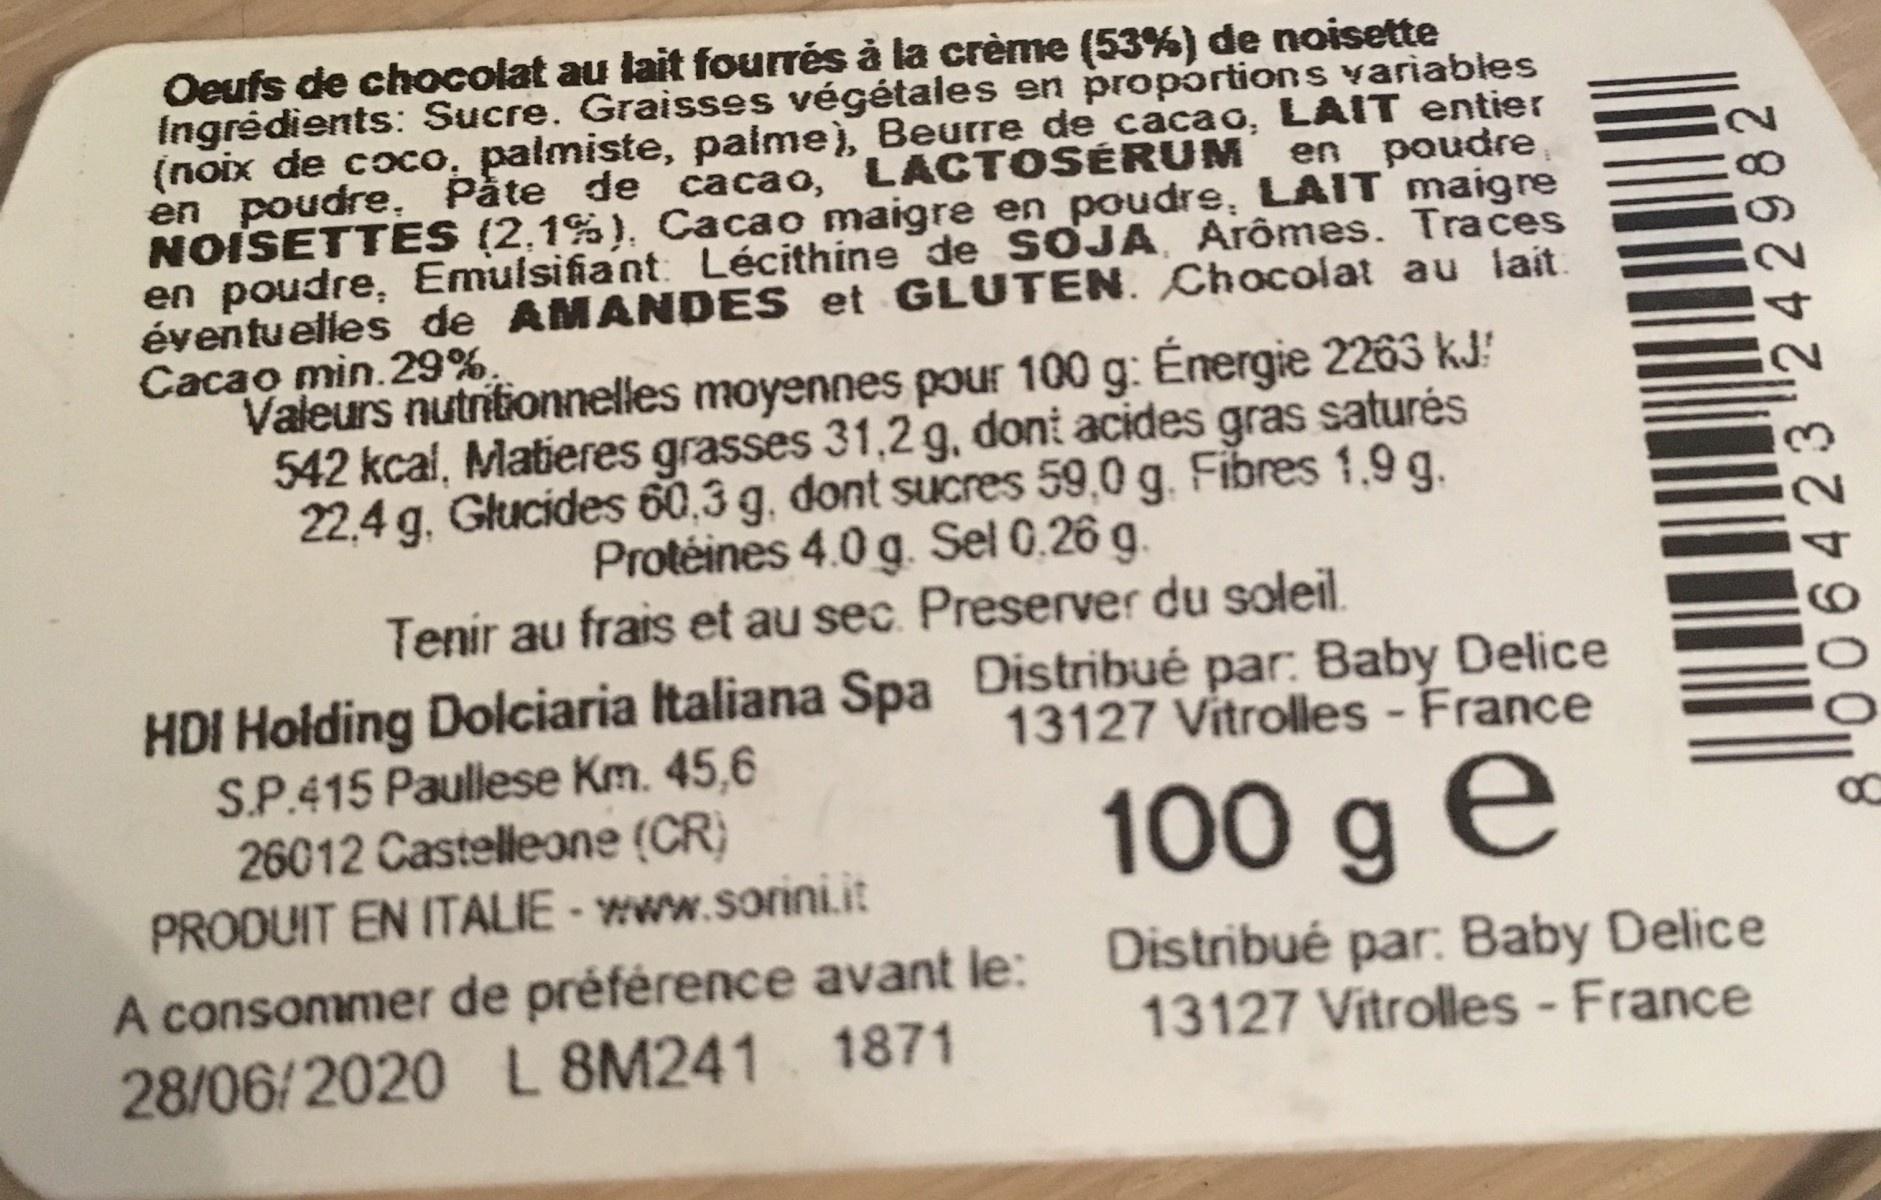
Oeufs de chocolat au lait fourrés à la crème (53%) de noisette Ingrédients: Sucre. Graisses végétales en proportions variables (noix de coco, palmiste, palme), Beurre de cacao, LAIT entier en poudre, Pàte de cacao, LACTOSÉRUM en poudre, NOISETTES (2,1%), Cacao maigre en poudre, LAIT maigre en poudre, Emulsifiant: Lécithine de SOJA Arômes. Traces éventuelles de AMANDES et GLUTEN. Chocolat au lait
Cacao min.29%
Valeurs nutrifionnelles moyennes pour 100 g: Energie 2263 kJ! 542 kcal, Matieres grasses 31,2 g, dont acides gras saturés 22,4 g. Glucides 60,3 g, dont sucres 59,0 g. Fibres 1,9 g. Protéines 4.0 g. Sel 0,26 g. Tenir au frais et au sec. Preserver du soleil.
HDI Holding Dolciaria Italiana Spa Distribué par: Baby Delice S.P.415 Paullese Km. 45,6 26012 Castelleone (CR) PRODUIT EN ITALIE- www.sorini.it
13127 Vitrolles - France
100 g e
A consommer de préférence avant le: 28/06/2020 L 8M241 1871
Distribué par: Baby Delice 13127 Vitrolles - France
8 "0 064232 4 2982